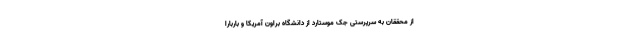
از محققان به سرپرستی جک موستارد از دانشگاه براون آمریکا و باربارا